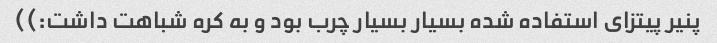
پنیر پیتزای استفاده شده بسیار بسیار چرب بود و به کره شباهت داشت:))